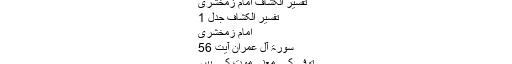
تفسیر الکشاف امام زمخشری
تفسیر الکشاف جدل 1
امام زمخشری
سورۃ آل عمران آیت 56
توفی کے معنی موت کے ہیں۔